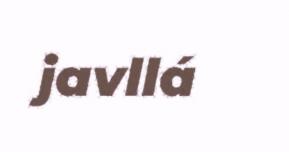
javllá